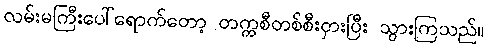
လမ်းမကြီးပေါ်ရောက်တော့ တက္ကစီတစ်စီးငှားပြီး သွားကြသည်။